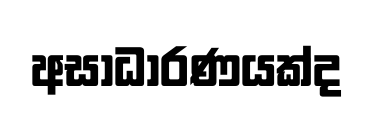
අසාධාරණයක්ද